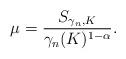
LaTeX: \begin{align*}\mu = \frac{S_{\gamma_n, K}}{\gamma_n(K)^{1-\alpha}}.\end{align*}